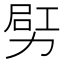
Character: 𠡿